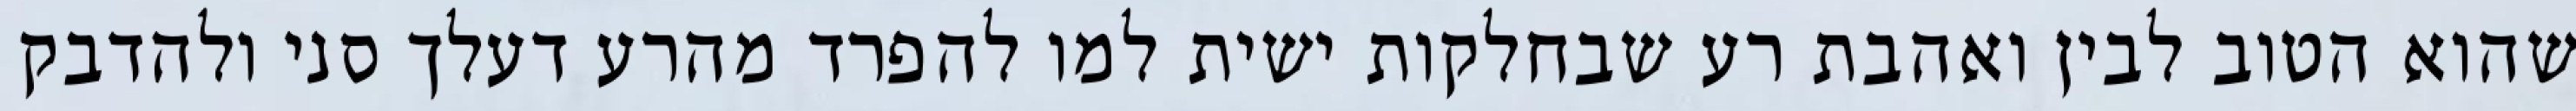
שהוא הטוב לבין ואהבת רע שבחלקות ישית למו להפרד מהרע דעלך סני ולהדבק